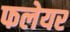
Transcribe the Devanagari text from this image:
फलेयर